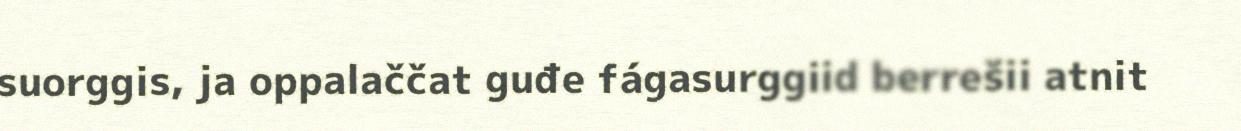
suorggis, ja oppalaččat guđe fágasurggiid berrešii atnit